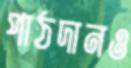
পাঠদানও